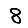
Digit: 8